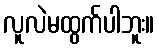
လူလဲမထွက်ပါဘူး။